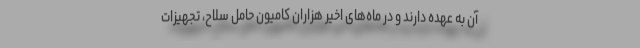
آن به عهده دارند و در ماه‌های اخیر هزاران کامیون حامل سلاح، تجهیزات